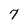
Character: 7